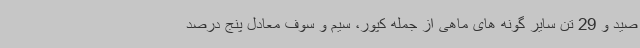
صید و 29 تن سایر گونه های ماهی از جمله کپور، سیم و سوف معادل پنج درصد